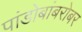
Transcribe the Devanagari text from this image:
पांडोबांबरोबर